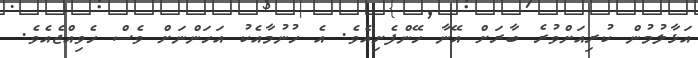
އަޅާލުމުން ކުރިއަށްވުރެ ބާރަށް އޭނާ ހޭންފެށިއެވެ. އެ ހުނުމާއެކު އަހަންނަށް ވެސް ހެވިއްޖެއެވެ.